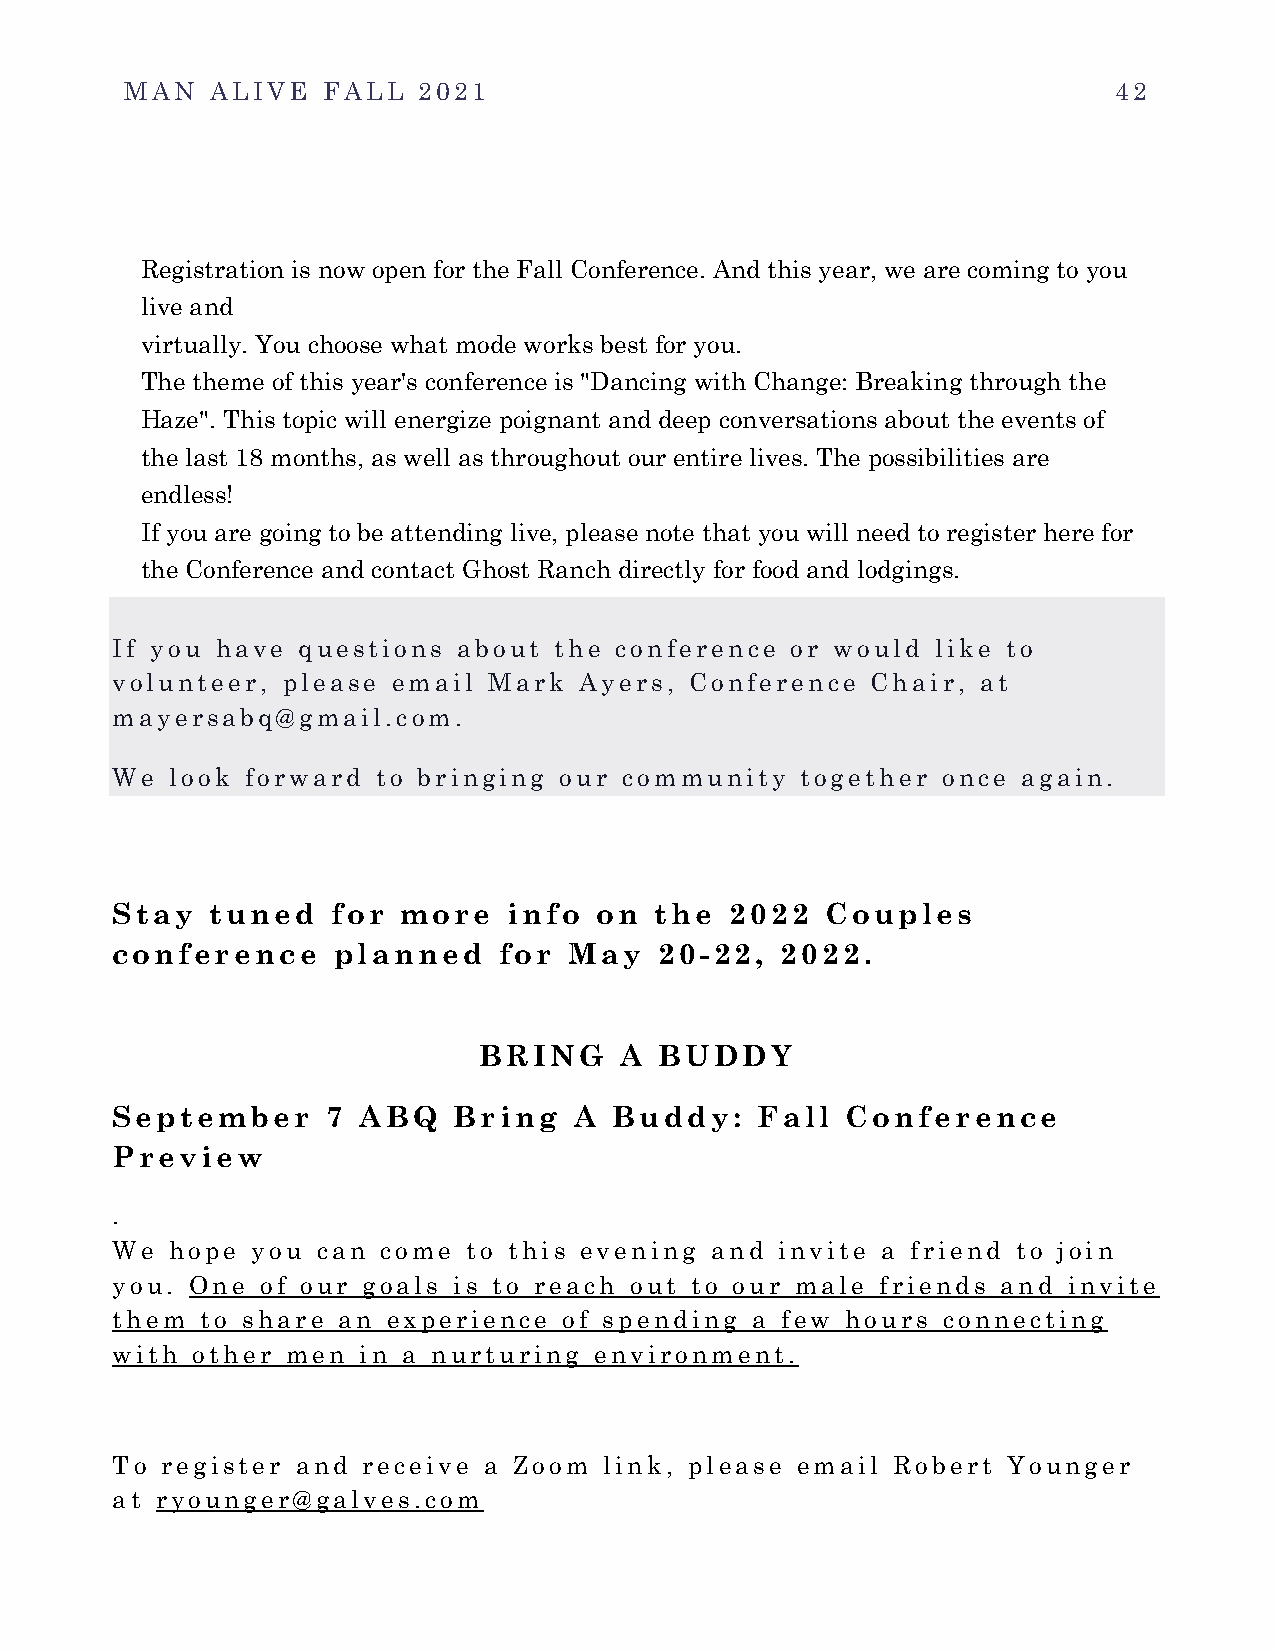
MAN   ALIVE  FALL   2021                                          42
 Registration is now open for the Fall Conference. And this year, we are coming to you
 live and
 virtually. You choose what mode works best for you.
 The theme of this year's conference is "Dancing with Change: Breaking through the
 Haze". This topic will energize poignant and deep conversations about the events of
 the last 18 months, as well as throughout our entire lives. The possibilities are
 endless!
 If you are going to be attending live, please note that you will need to register here for
 the Conference and contact Ghost Ranch directly for food and lodgings.
 If you have questions  about the conference  or would  like to
 volunteer,  please email Mark  Ayers,  Conference  Chair, at
 mayersabq@gmail.com.
 We  look forward  to bringing our community   together once  again.
 Stay   tuned   for  more   info  on the  2022   Couples
 conference     planned    for  May   20-22,  2022.
 BRING    A  BUDDY
 September      7 ABQ   Bring   A  Buddy:   Fall  Conference
 Preview
 .
 We  hope  you can come  to this evening and invite a friend to join
 you. One  of our goals is to reach out to our male friends and invite
 them  to share an  experience of spending  a few hours connecting
 with  other men  in a nurturing environment.
 To  register and receive a Zoom  link, please email Robert  Younger
 at ryounger@galves.com